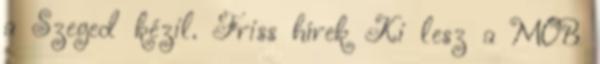
a Szeged kézil. Friss hírek Ki lesz a MOB